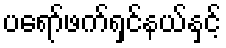
ပရော်ဖက်ရှင်နယ်နှင့်